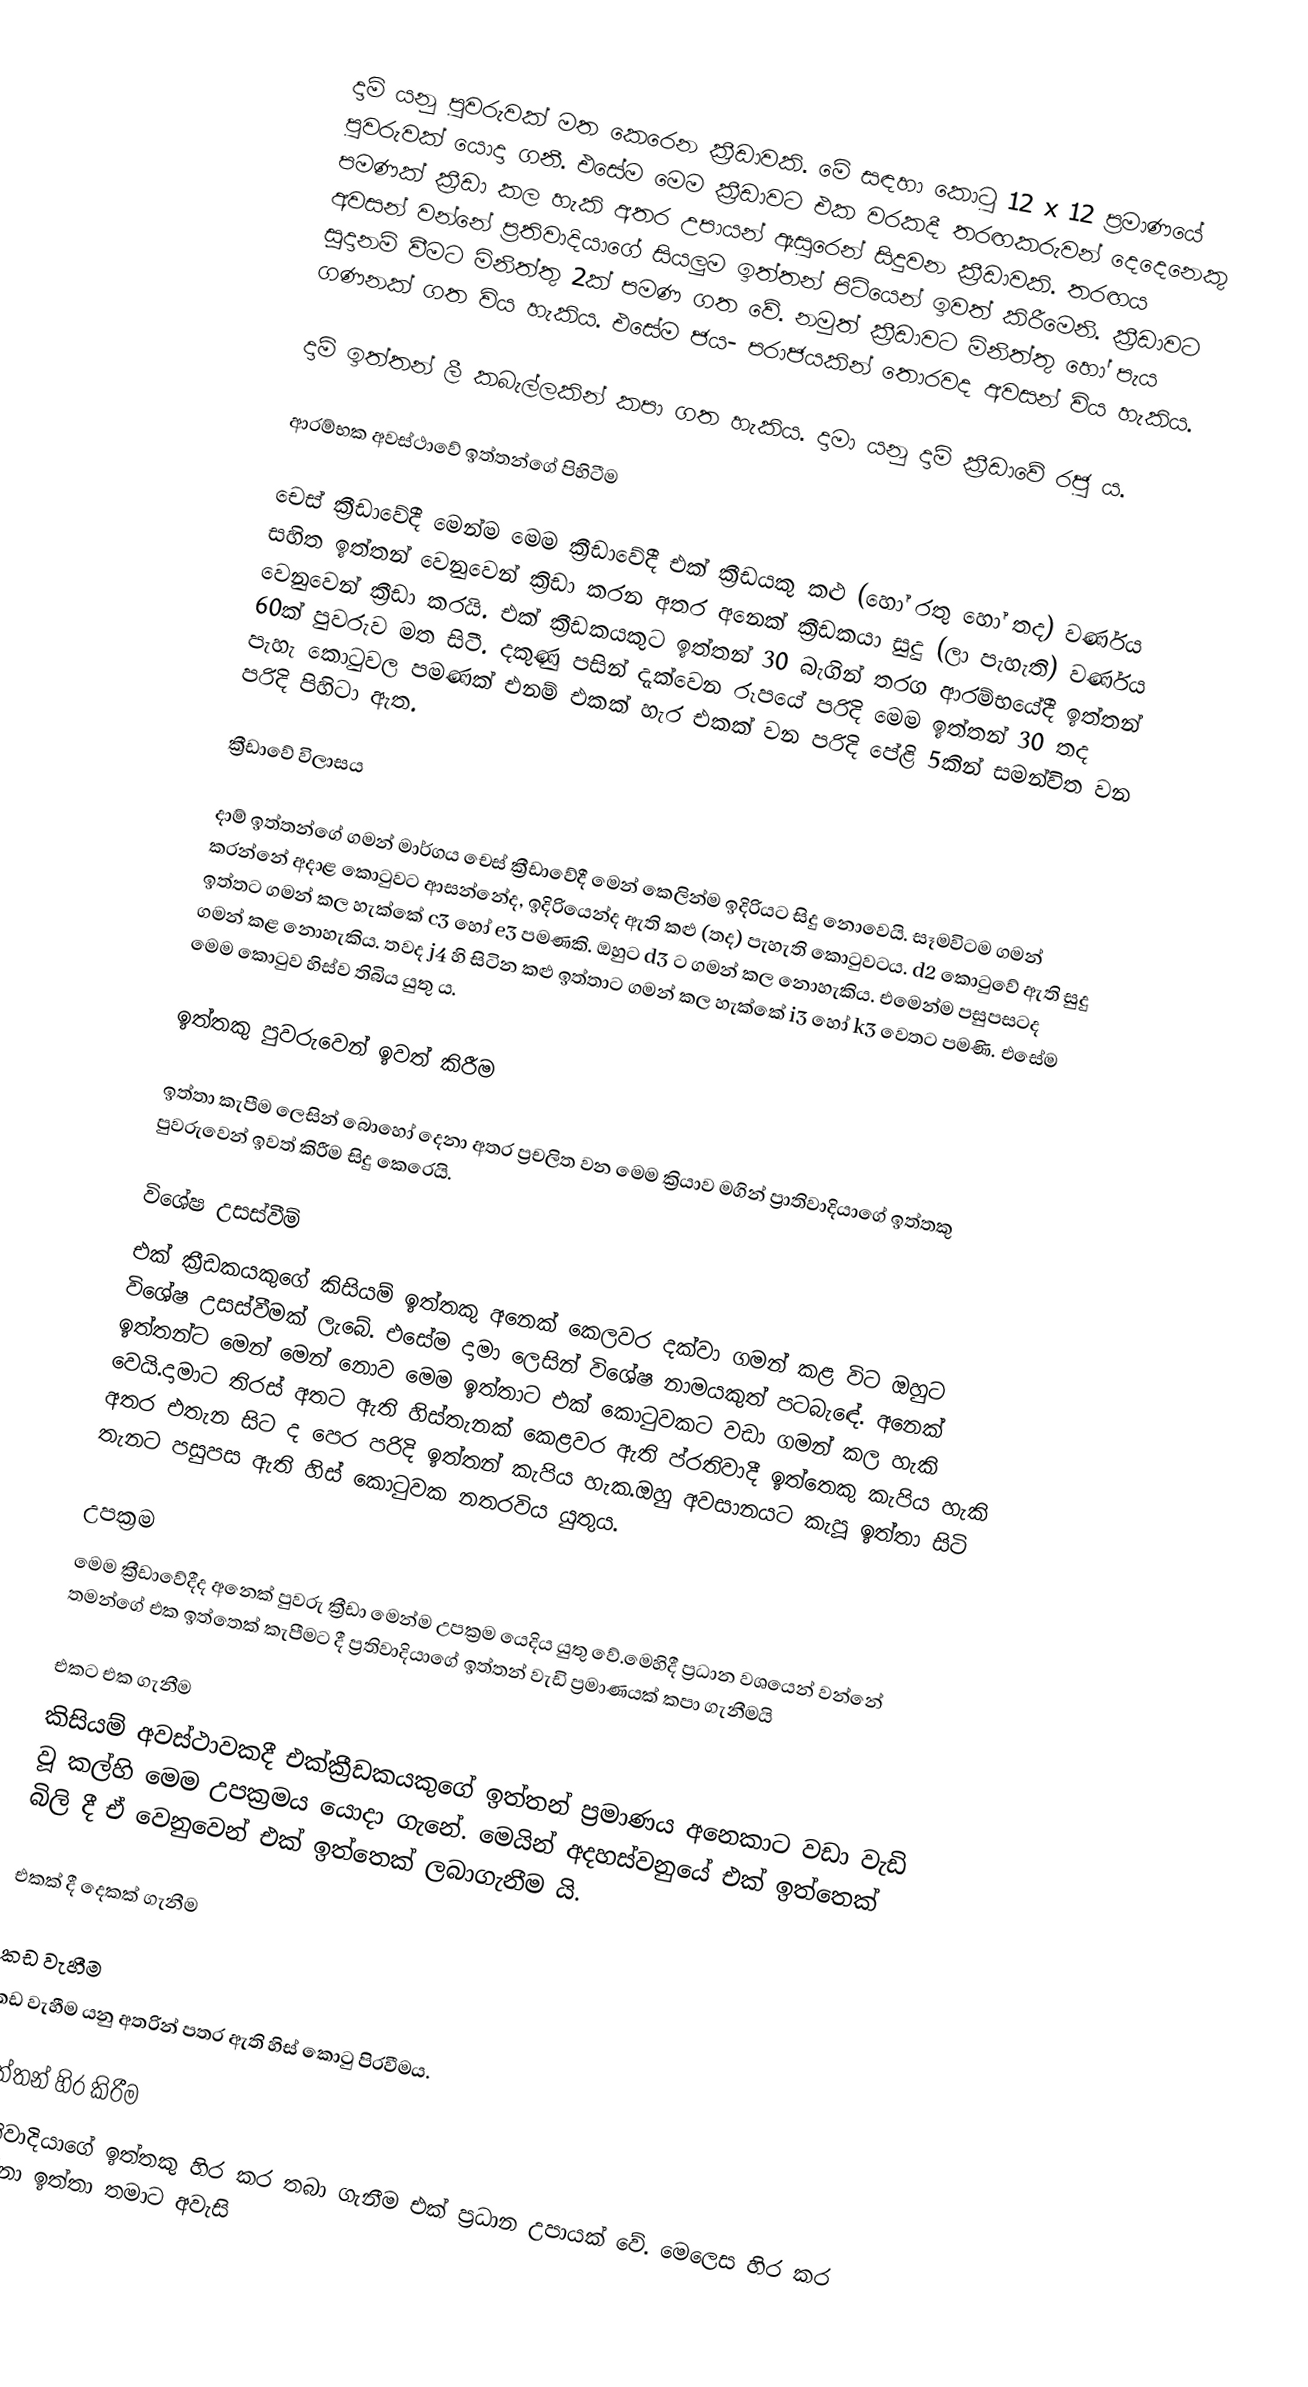
දාම් යනු පුවරුවක් මත කෙරෙන ක්‍රීඩාවකි. මේ සඳහා කොටු 12 x 12 ප්‍රමාණයේ පුවරුවක් යොදා ගනී. එසේම මෙම ක්‍රීඩාවට එක වරකදී තරඟකරුවන් දෙදෙනෙකු පමණක් ක්‍රීඩා කල හැකි අතර උපායන් ඇසුරෙන් සිදුවන ක්‍රීඩාවකි. තරඟය අවසන් වන්නේ ප්‍රතිවාදියාගේ සියලුම ඉත්තන් පිටියෙන් ඉවත් කිරීමෙනි. ක්‍රීඩාවට සූදානම් වීමට මිනිත්තු 2ක් පමණ ගත වේ. නමුත් ක්‍රීඩාවට මිනිත්තු හෝ පැය ගණනක් ගත විය හැකිය. එසේම ජය- පරාජයකින් තොරවද අවසන් විය හැකිය.

දාම් ඉත්තන් ලී කබැල්ලකින් කපා ගත හැකිය. දාමා යනු දාම් ක්‍රීඩාවේ රජු ය.

ආරම්භක අවස්ථාවේ ඉත්තන්ගේ පිහිටීම

චෙස් ක්‍රීඩාවේදී මෙන්ම මෙම ක්‍රීඩාවේදී එක් ක්‍රීඩයකු කළු (හෝ රතු හෝ තද) වර්ණය සහිත ඉත්තන් වෙනුවෙන් ක්‍රිඩා කරන අතර අනෙක් ක්‍රීඩකයා සුදු (ලා පැහැති) වර්ණය වෙනුවෙන් ක්‍රීඩා කරයි. එක් ක්‍රීඩකයකුට ඉත්තන් 30 බැගින් තරග ආරම්භයේදී ඉත්තන් 60ක් පුවරුව මත සිටී. දකුණු පසින් දැක්වෙන රූපයේ පරිදි මෙම ඉත්තන් 30 තද පැහැ කොටුවල පමණක් එනම් එකක් හැර එකක් වන පරිදි පේළි 5කින් සමන්විත වන පරිදි පිහිටා ඇත.

ක්‍රීඩාවේ විලාසය

දාම් ඉත්තන්ගේ ගමන් මාර්ගය චෙස් ක්‍රීඩාවේදී මෙන් කෙලින්ම ඉදිරියට සිදු නොවෙයි. සෑමවිටම ගමන් කරන්නේ අදාළ කොටුවට ආසන්නේද, ඉදිරියෙන්ද ඇති කළු (තද) පැහැති කොටුවටය. d2 කොටුවේ ඇති සුදු ඉත්තට ගමන් කල හැක්කේ c3 හෝ e3 පමණකි. ඔහුට d3 ට ගමන් කල නොහැකිය. එමෙන්ම පසුපසටද ගමන් කළ නොහැකිය. තවද j4 හි සිටින කළු ඉත්තාට ගමන් කල හැක්කේ i3 හෝ k3 වෙතට පමණි. එසේම මෙම කොටුව හිස්ව තිබිය යුතු ය.

ඉත්තකු පුවරුවෙන් ඉවත් කිරීම

ඉත්තා කැපීම ලෙසින් බොහෝ දෙනා අතර ප්‍රචලිත වන මෙම ක්‍රියාව මගින් ප්‍රාතිවාදියාගේ ඉත්තකු පුවරුවෙන් ඉවත් කිරීම සිදු කෙරෙයි.

විශේෂ උසස්වීම්
එක් ක්‍රීඩකයකුගේ කිසියම් ඉත්තකු අනෙක් කෙලවර දක්වා ගමන් කළ විට ඔහුට විශේෂ උසස්වීමක් ලැබේ. එසේම දාමා ලෙසින් විශේෂ නාමයකුත් පටබැඳේ. අනෙක් ඉත්තන්ට මෙන් මෙන් නොව මෙම ඉත්තාට එක් කොටුවකට වඩා ගමන් කල හැකි වෙයි.දාමාට තිරස් අතට ඇති හිස්තැනක් කෙළවර ඇති ප්රතිවාදී ඉත්තෙකු කැපිය හැකි අතර එතැන සිට ද පෙර පරිදි ඉත්තන් කැපිය හැක.ඔහු අවසානයට කැපූ ඉත්තා සිටි තැනට පසුපස ඇති හිස් කොටුවක නතරවිය යුතුය.

උපක්‍රම
මෙම ක්‍රීඩාවේදීද අනෙක් පුවරු ක්‍රීඩා මෙන්ම උපක්‍රම යෙදිය යුතු වේ.මෙහිදී ප්‍රධාන වශයෙන් වන්නේ තමන්ගේ එක ඉත්තෙක් කැපීමට දී ප්‍රතිවාදියාගේ ඉත්තන් වැඩි ප්‍රමාණයක් කපා ගැනීමයි

එකට එක ගැනීම
කිසියම් අවස්ථාවකදී එක්ක්‍රීඩකයකුගේ ඉත්තන් ප්‍රමාණය අනෙකාට වඩා වැඩි වූ කල්හි මෙම උපක්‍රමය යොදා ගැනේ. මෙයින් අදහස්වනුයේ එක් ඉත්තෙක් බිලි දී ඒ වෙනුවෙන් එක් ඉත්තෙක් ලබාගැනීම යි.

එකක් දී දෙකක් ගැනීම

කඩ වැහීම
කඩ වැහීම යනු අතරින් පතර ඇති හිස් කොටු පිරවීමය.

ඉත්තන් හිර කිරීම
ප්‍රතිවාදියාගේ ඉත්තකු හිර කර තබා ගැනීම එක් ප්‍රධාන උපායක් වේ. මෙලෙස හිර කර ගන්නා ඉත්තා තමාට අවැසි